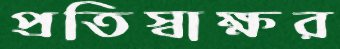
প্রতিস্বাক্ষর